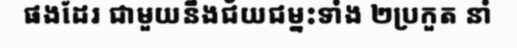
ផងដែរ ជាមួយនឹងជ័យជម្នះទាំង ២ប្រកួត នាំ